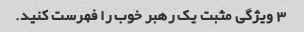
3 ویژگی مثبت یک رهبر خوب را فهرست کنید.